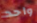
واحد